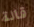
قالة